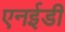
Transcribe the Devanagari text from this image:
एनईडी